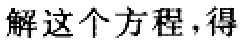
解这个方程，得